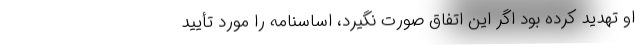
او تهدید کرده بود اگر این اتفاق صورت نگیرد، اساسنامه را مورد تأیید